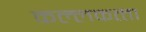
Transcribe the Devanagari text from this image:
कल्‍लकत्‍ता